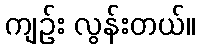
ကျဉ်း လွန်းတယ်။